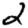
Digit: 2